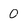
Character: 0